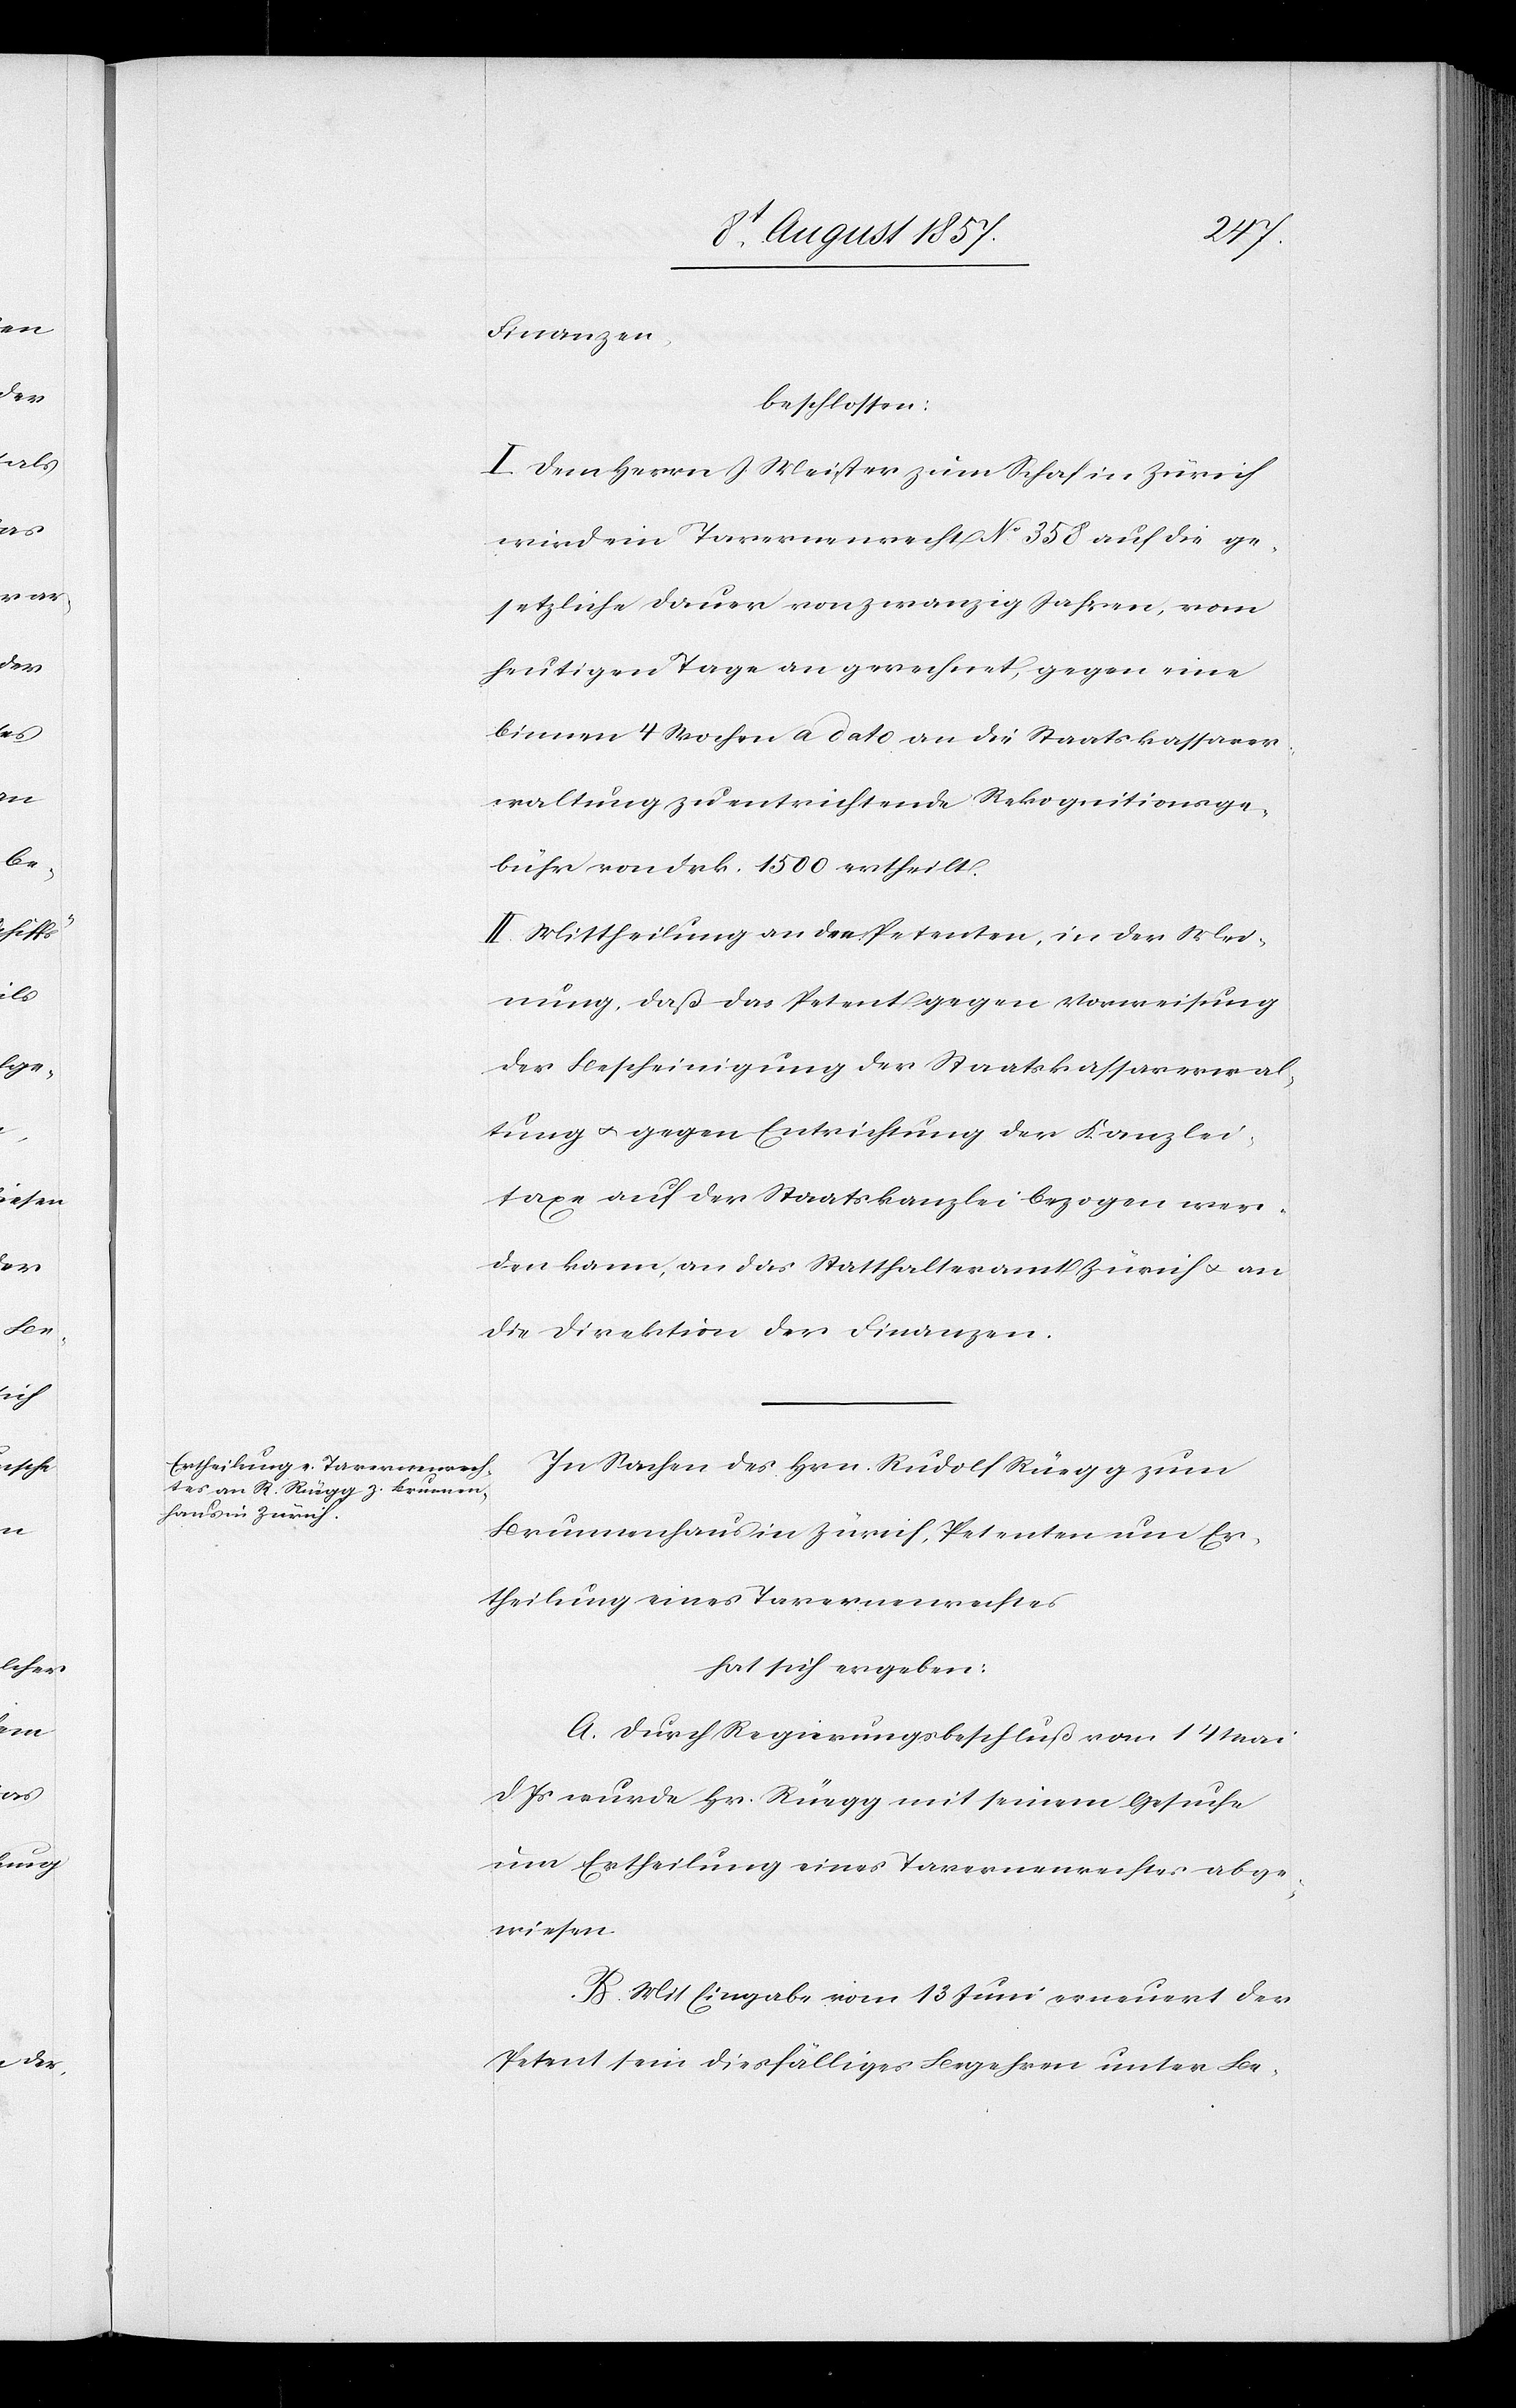
Finanzen,
beschlossen:
I. Dem Herrn Meister zum Schaf in Zürich
wird ein Tavernenrecht No 358 auf die ge¬
setzliche Dauer von zwanzig Jahren, vom
heutigen Tage an gerechnet, gegen eine
binnen 4 Wochen à dato die Staatskassaver¬
waltung zu entrichtende Rekognitionsge¬
bühr von Frk. 1500 ertheilt.
II. Mittheilung an den Petenten, in der Mei¬
nung, daß das Patent gegen Vorweisung
der Bescheinigung der Staatskassaverwal¬
tung & gegen Entrichtung der Kanzlei¬
taxe auf der Staatskanzlei bezogen wer¬
den kann, an das Statthalteramt Zürich & an
die Direktion der Finanzen.
In Sachen des Hrn. Rudolf Rüegg zum
Brunnenhaus in Zürich, Petenten um Er¬
theilung eines Tavernenrechtes
hat sich ergeben:
A. Durch Regierungsbeschluß vom 14 Mai
d. Js. wurde Hr. Rüegg mit seinem Gesuche
um Ertheilung eines Tavernenrechtes abge¬
wiesen.
B. Mit Eingabe vom 13 Juni erneuert der
Petent sein diesfälliges Begehren unter Be-